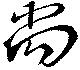
尚